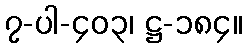
၇-ပါ-၄၀၃၊ ဋ္ဌ-၁၈၄။